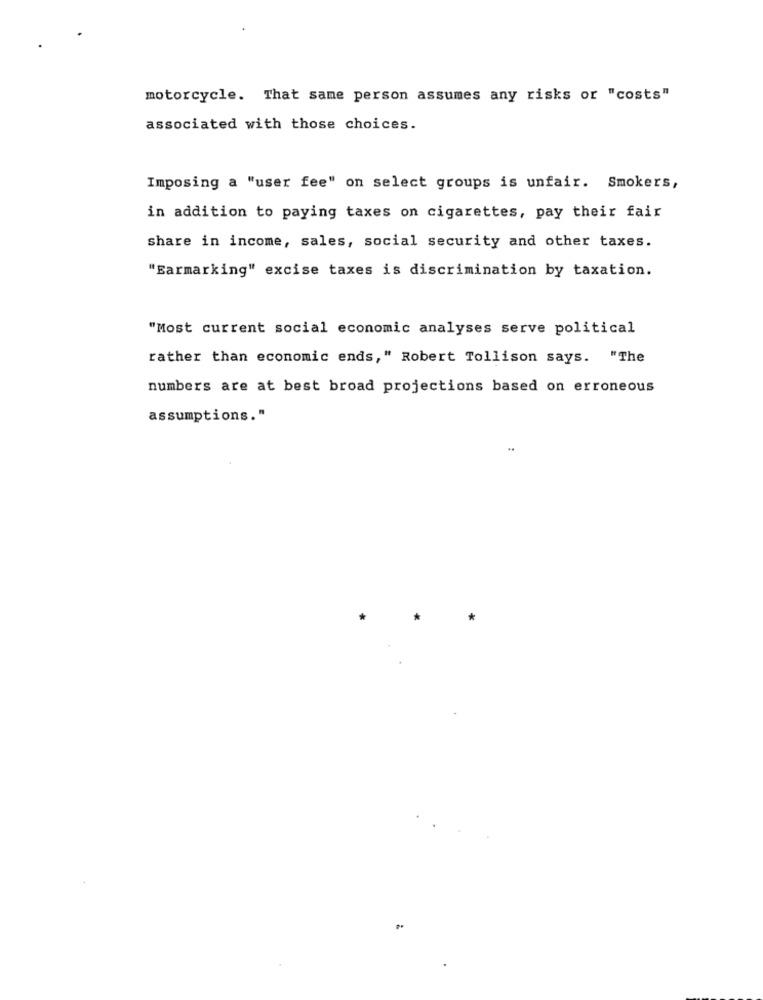
motorcycle. That same person assumes any risks or "costs"
associated with those choices.
Imposing a "user fee" on select groups is unfair. Smokers,
in addition to paying taxes on cigarettes, pay their fair
share in income, sales, social security and other taxes.
"Earmarking" excise taxes is discrimination by taxation.
"Most current social economic analyses serve political
rather than economic ends," Robert Tollison says. "The
numbers are at best broad projections based on erroneous
assumptions."
*